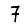
Digit: 7